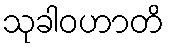
သုခါဝဟာတိ